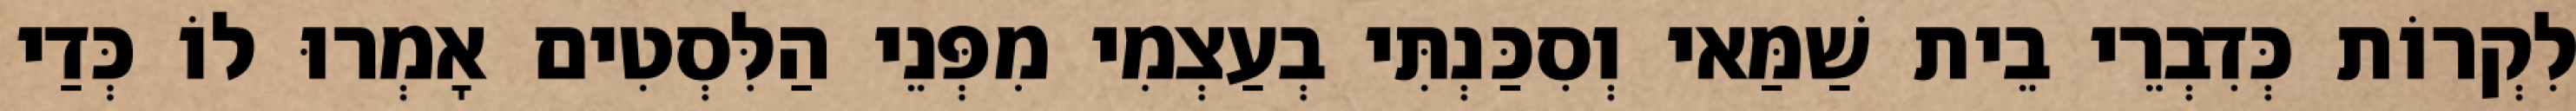
לִקְרוֹת כְּדִבְרֵי בֵית שַׁמַּאי וְסִכַּנְתִּי בְעַצְמִי מִפְּנֵי הַלִּסְטִים אָמְרוּ לוֹ כְּדַי